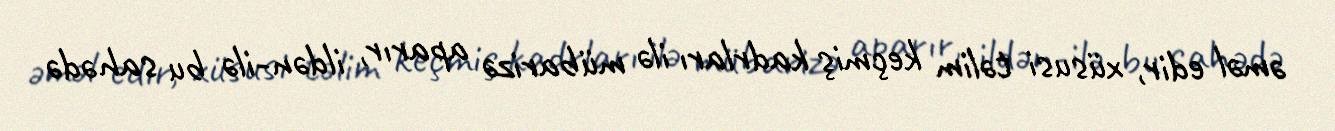
əməl edir, xüsusi təlim keçmiş kadrları ilə mübarizə aparır, ildən-ilə bu sahədə